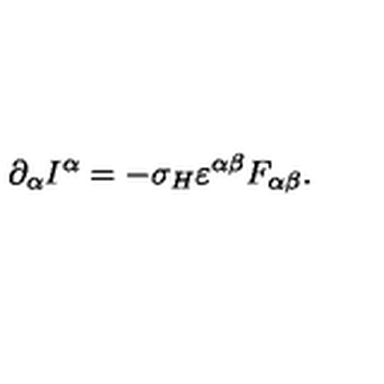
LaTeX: \partial _ { \alpha } I ^ { \alpha } = - \sigma _ { H } \varepsilon ^ { \alpha \beta } F _ { \alpha \beta } .